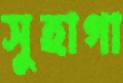
সুহাগা